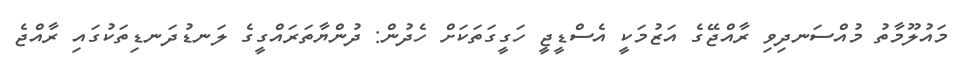
މައުލޫމާތު މުއްސަނދިވި ރާއްޖޭގެ އަޒުމަކީ އެސްޑީޖީ ހަގީގަތަކަށް ހެދުން: ދުންޔާތަރައްގީގެ ލަނޑުދަނޑިތަކުގައި ރާއްޖެ